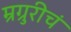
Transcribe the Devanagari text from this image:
म्रग्रुरीचं